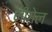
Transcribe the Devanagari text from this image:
मीगेल